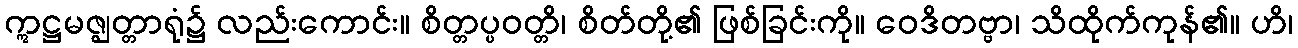
ဣဋ္ဌမဇ္ဈတ္တာရုံ၌ လည်းကောင်း။ စိတ္တပ္ပဝတ္တိ၊ စိတ်တို့၏ ဖြစ်ခြင်းကို။ ဝေဒိတဗ္ဗာ၊ သိထိုက်ကုန်၏။ ဟိ၊